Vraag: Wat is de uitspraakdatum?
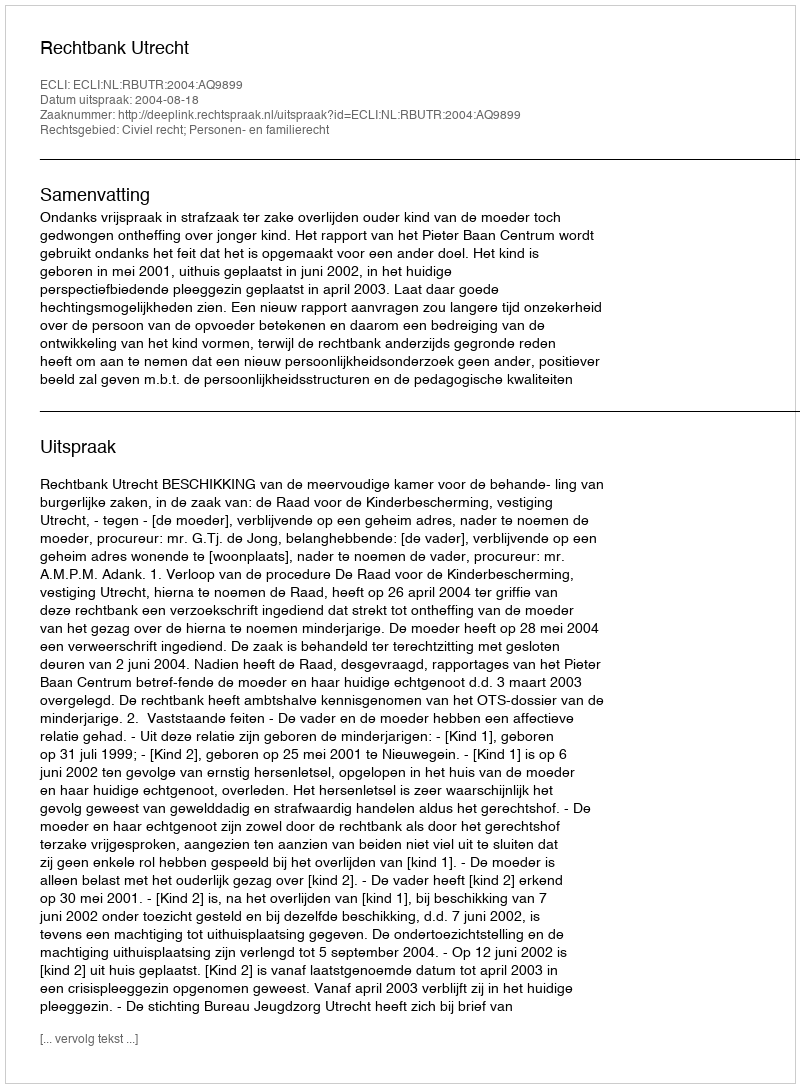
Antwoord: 2004-08-18